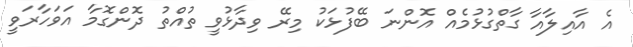
އެ އާއިލާއާ ގާތްގުޅުމެއް އޮންނަ ބޭފުޅަކު މިރޭ ވިދާޅުވީ ތުއްތު ދޮންގޮމާ އަވަހާރަވީ